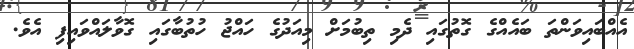
އެއްބައިވަންތަ ބައެއްގެ ގޮތުގައި ދެމި ތިބުމަށް މިއަދުގެ ހައްޖު ހުތުބާގައި ގޮވާލައްވައިފި އެވެ.